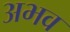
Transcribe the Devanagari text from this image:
अभव